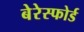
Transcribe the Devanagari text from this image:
बेरेस्फोर्ड